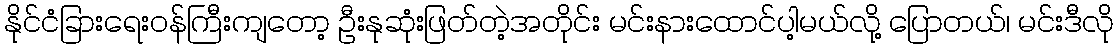
နိုင်ငံခြားရေးဝန်ကြီးကျတော့ ဦးနုဆုံးဖြတ်တဲ့အတိုင်း မင်းနားထောင်ပါ့မယ်လို့ ပြောတယ်၊ မင်းဒီလို